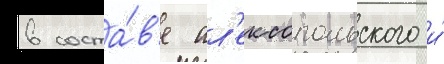
в соста́в'е ал'ексопольского и́